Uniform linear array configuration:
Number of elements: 12
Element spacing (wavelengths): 0.75
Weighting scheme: hann
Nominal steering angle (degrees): -15
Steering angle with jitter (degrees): -15.313
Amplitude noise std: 0.05
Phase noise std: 0.05

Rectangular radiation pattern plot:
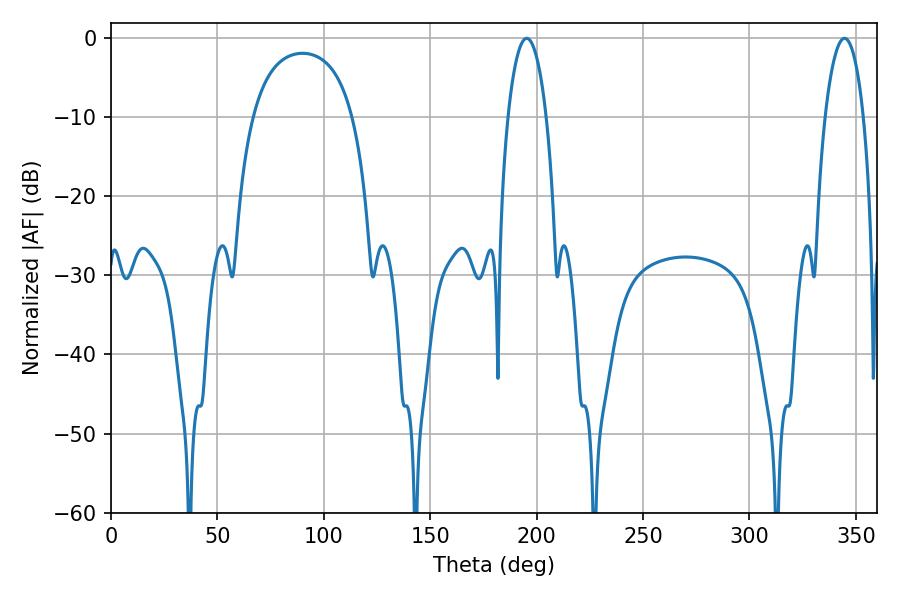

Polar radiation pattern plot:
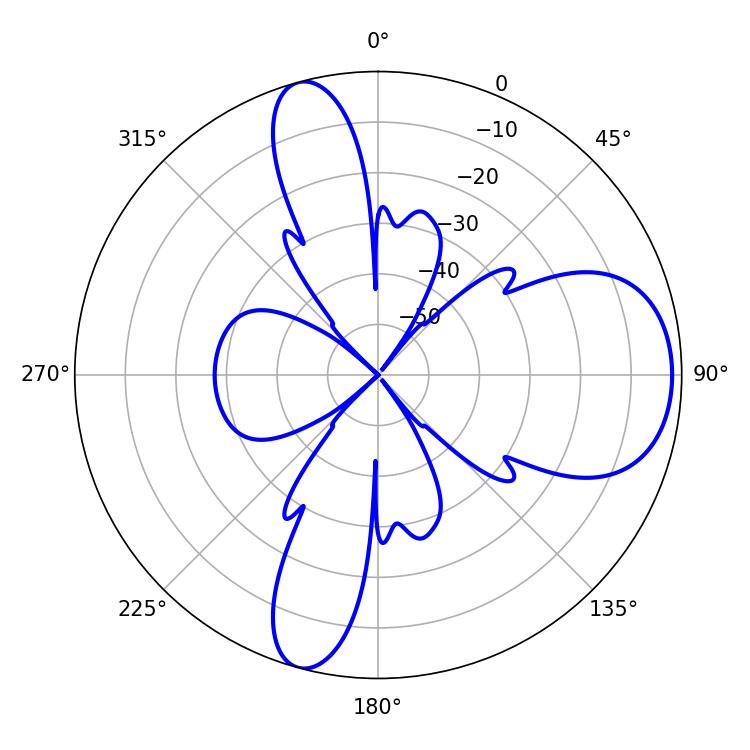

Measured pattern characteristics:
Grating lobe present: TRUE
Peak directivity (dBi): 8.93
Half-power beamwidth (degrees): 10.26
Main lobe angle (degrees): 195.3